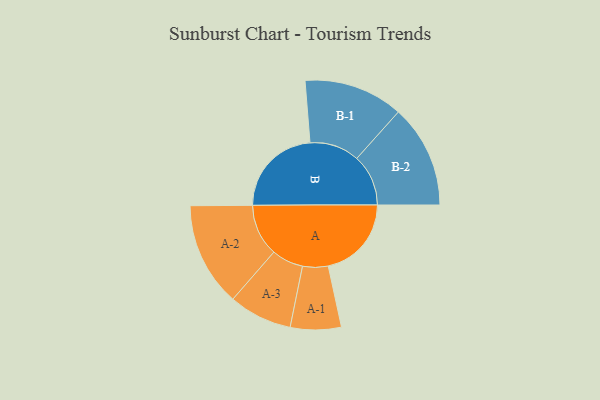
{"axis": {"x": "Segment", "y": "Value"}, "legend": ["", "A", "B"], "data": [{"x": "A", "y": 360, "type": ""}, {"x": "B", "y": 397, "type": ""}, {"x": "A-1", "y": 110, "type": "A"}, {"x": "A-2", "y": 225, "type": "A"}, {"x": "A-3", "y": 137, "type": "A"}, {"x": "B-1", "y": 215, "type": "B"}, {"x": "B-2", "y": 223, "type": "B"}]}